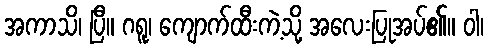
အကာသိ၊ ပြီ။ ဂရူ၊ ကျောက်ထီးကဲ့သို့ အလေးပြုအပ်၏။ ဝါ၊